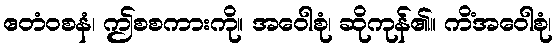
ဧတံဝစနံ၊ ဤစစကားကို။ အဝေါစုံ၊ ဆိုကုန်၏။ ကိံအဝေါစုံ၊